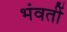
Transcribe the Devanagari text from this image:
भंवतीं